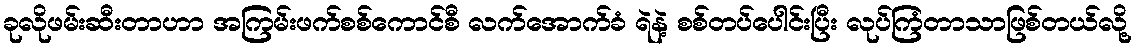
ခုလိုဖမ်းဆီးတာဟာ အကြမ်းဖက်စစ်ကောင်စီ လက်အောက်ခံ ရဲနဲ့ စစ်တပ်ပေါင်းပြီး လုပ်ကြံတာသာဖြစ်တယ်လို့